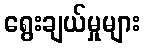
ရွေးချယ်မှုများ